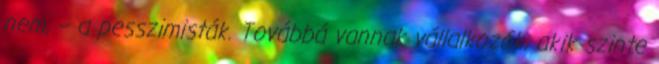
nem, – a pesszimisták. Továbbá vannak vállalkozók, akik szinte